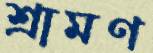
শ্রামণ